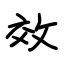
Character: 效